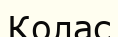
Колас